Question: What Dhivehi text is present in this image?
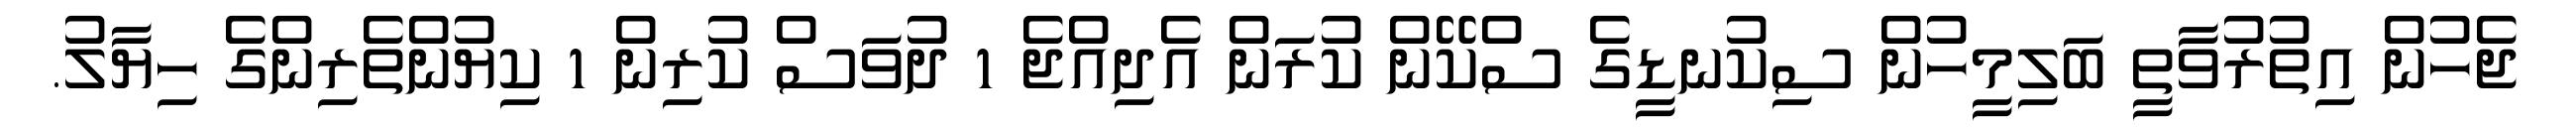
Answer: ޖެހުން އިތުރުވާތީ ބަލިމީހުން ސިކުނޑީގެ ސްކޭން ކުރަން އެދިއްޖެ 1 ދުވަސް ކުރިން 1 ކިޔުންތެރިންގެ ހިޔާލު.